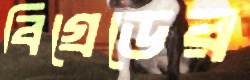
বিগ্রেডের